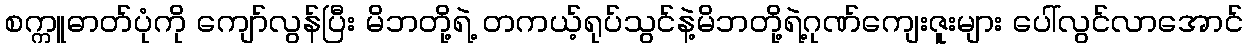
စက္ကူဓာတ်ပုံကို ကျော်လွန်ပြီး မိဘတို့ရဲ့ တကယ့်ရုပ်သွင်နဲ့မိဘတို့ရဲ့ဂုဏ်ကျေးဇူးများ ပေါ်လွင်လာအောင်